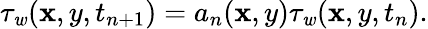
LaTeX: \tau_{\mathit{w}}(\mathbf{x},y,t_{n+1})=a_{n}(\mathbf{x},y)\tau_{\mathit{w}}(\mathbf{x},y,t_{n}).